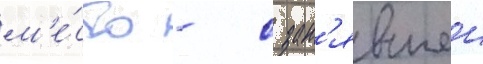
м'е́сто - с зан'явшеи